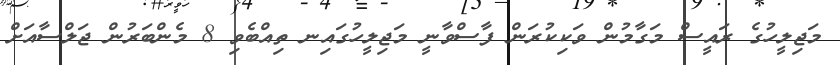
މަޖިލީހުގެ ރައީސް މަގާމުން ވަކިކުރަން ފާސްވާނީ މަޖިލީހުގައިނ ތިއްބެވި 8 މެންބަރުން ޖަލްސާއަށް